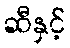
ဆီနှင့်